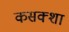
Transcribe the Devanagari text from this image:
कसक्शा